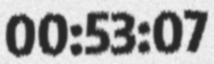
00:53:07